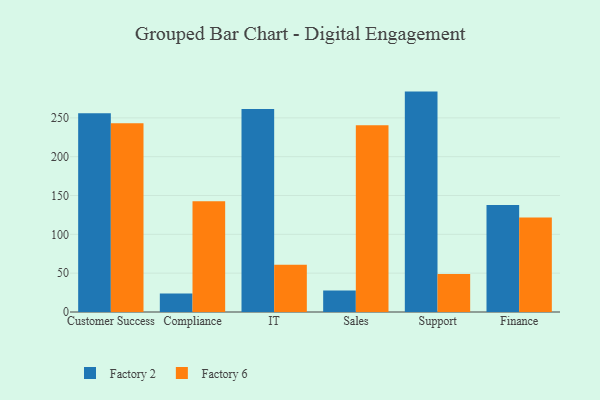
{"axis": {"x": "Department", "y": "Conversion Rate (%)"}, "legend": ["Factory 2", "Factory 6"], "data": [{"x": "Customer Success", "y": 256.0, "type": "Factory 2"}, {"x": "Customer Success", "y": 243.0, "type": "Factory 6"}, {"x": "Compliance", "y": 23.7, "type": "Factory 2"}, {"x": "Compliance", "y": 142.7, "type": "Factory 6"}, {"x": "IT", "y": 261.3, "type": "Factory 2"}, {"x": "IT", "y": 60.7, "type": "Factory 6"}, {"x": "Sales", "y": 27.6, "type": "Factory 2"}, {"x": "Sales", "y": 240.6, "type": "Factory 6"}, {"x": "Support", "y": 283.8, "type": "Factory 2"}, {"x": "Support", "y": 48.8, "type": "Factory 6"}, {"x": "Finance", "y": 137.9, "type": "Factory 2"}, {"x": "Finance", "y": 121.7, "type": "Factory 6"}]}